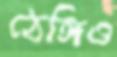
ঠেঙ্গিও